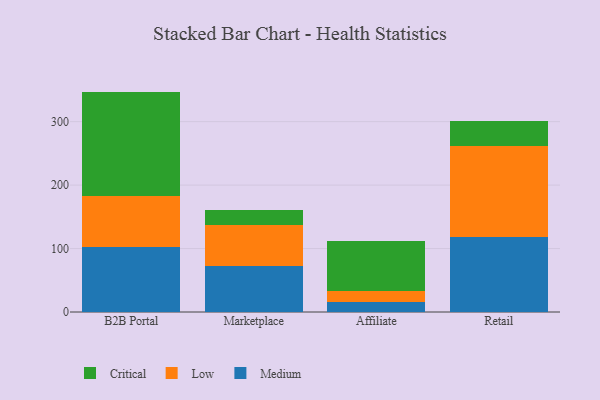
{"axis": {"x": "Channel", "y": "Latency (ms)"}, "legend": ["Critical", "Low", "Medium"], "data": [{"x": "B2B Portal", "y": 103.2, "type": "Medium"}, {"x": "B2B Portal", "y": 80.0, "type": "Low"}, {"x": "B2B Portal", "y": 164.1, "type": "Critical"}, {"x": "Marketplace", "y": 73.2, "type": "Medium"}, {"x": "Marketplace", "y": 64.0, "type": "Low"}, {"x": "Marketplace", "y": 23.2, "type": "Critical"}, {"x": "Affiliate", "y": 16.1, "type": "Medium"}, {"x": "Affiliate", "y": 16.4, "type": "Low"}, {"x": "Affiliate", "y": 79.4, "type": "Critical"}, {"x": "Retail", "y": 118.5, "type": "Medium"}, {"x": "Retail", "y": 143.5, "type": "Low"}, {"x": "Retail", "y": 38.6, "type": "Critical"}]}